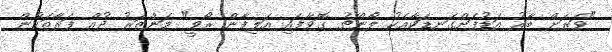
"ވަރަށް ބާރު އަޑުފަށްގަނޑަކާއެކު ލޯންޗު ގޮވާފައި އަލިފާން ރޯވީ" މަންޒަރު ދުއް ފަރާތަކުން